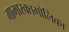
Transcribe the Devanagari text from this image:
गामारक्तगोलिका